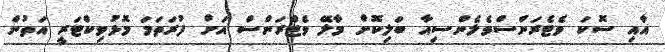
އާއި ސޮކަ ވެޓެރަންސްވެލެންސިއާ ބަލިކޮށް މާލޭ ވެޓްރަންސް އަށް ފުރަތަމަ މޮޅުވިކްޓަރީ އަތުން